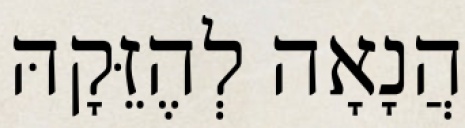
הֲנָאָה לְהֶזֵּקָהּ